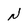
Character: N